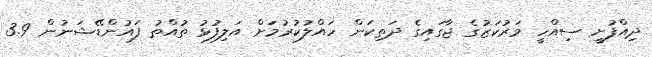
ދިއްފުށީ ސިއްހީ މަރުކަޒުގެ ޖާގައިގެ ދަތިކަން ހައްލުކުރުމަށް އަލިފުޅު ތުއްތު ފައުންޑޭޝަނުން 3.9